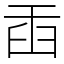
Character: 臿